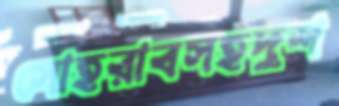
সোহরাবসহদুশ